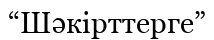
“Шәкірттерге”